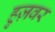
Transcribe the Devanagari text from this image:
हुज़वर